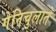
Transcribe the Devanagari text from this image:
गेनिचुलाते